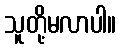
သူတို့မလာပါ။